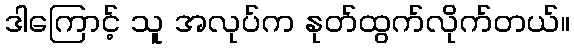
ဒါကြောင့် သူ အလုပ်က နုတ်ထွက်လိုက်တယ်။